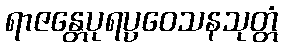
ရာဇန္တေပုရပ္ပဝေသနသုတ္တံ